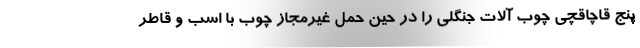
پنج قاچاقچی چوب آلات جنگلی را در حین حمل غیرمجاز چوب با اسب و قاطر